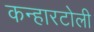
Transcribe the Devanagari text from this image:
कन्हारटोली